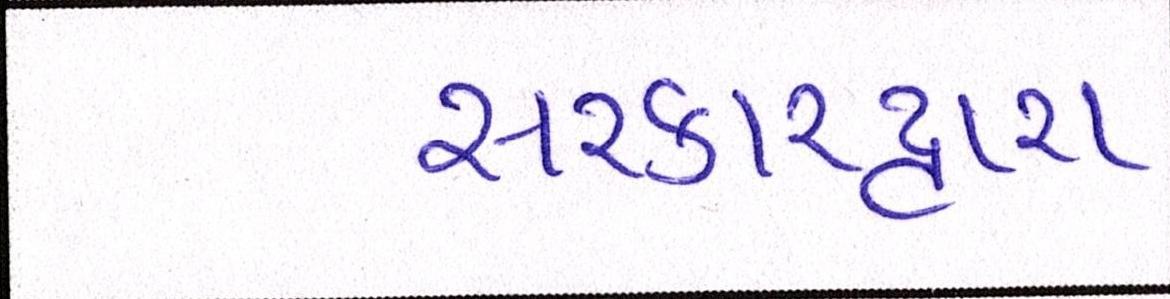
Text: સરકારદ્વારા